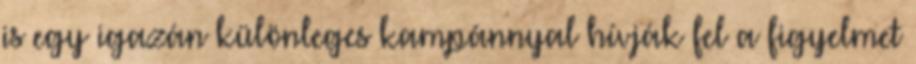
is egy igazán különleges kampánnyal hívják fel a figyelmet